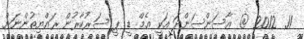
11